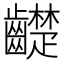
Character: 齼